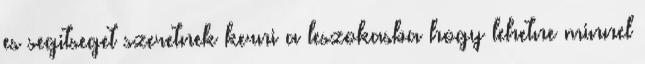
es segitseget szeretnek kerni a leszokasba hogy lehetne minnel